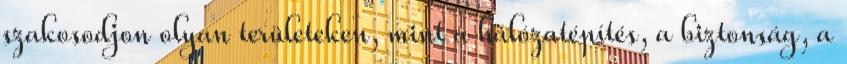
szakosodjon olyan területeken, mint a hálózatépítés, a biztonság, a